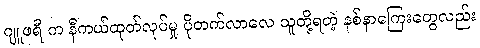
ဂျူဖရီ က နီကယ်ထုတ်လုပ်မှု ပိုတက်လာလေ သူတို့ရတဲ့ နစ်နာကြေးတွေလည်း